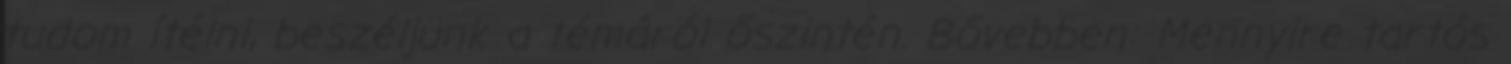
tudom ítélni, beszéljünk a témáról őszintén. Bővebben: Mennyire tartós